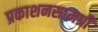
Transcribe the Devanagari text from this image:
प्रकाशनसामग्री